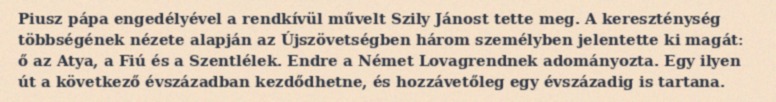
Piusz pápa engedélyével a rendkívül művelt Szily Jánost tette meg. A kereszténység többségének nézete alapján az Újszövetségben három személyben jelentette ki magát: ő az Atya, a Fiú és a Szentlélek. Endre a Német Lovagrendnek adományozta. Egy ilyen út a következő évszázadban kezdődhetne, és hozzávetőleg egy évszázadig is tartana.